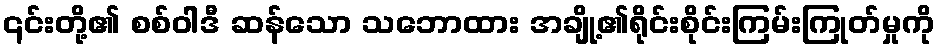
၎င်းတို့၏ စစ်ဝါဒီ ဆန်သော သဘောထား အချို့၏ရိုင်းစိုင်းကြမ်းကြုတ်မှုကို